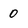
Character: 0